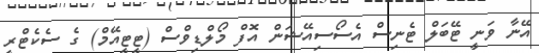
އޭނާ ވަނީ ޓޭބަލް ޓެނިސް އެސޯސިއޭޝަން އޮފް މޯލްޑިވްސް (ޓީޓީއޭމް) ގެ ސެކެޓްރީ